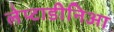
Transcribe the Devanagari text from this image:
लेप्टाडीनिआ